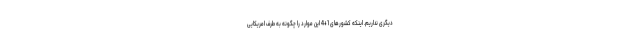
دیگری نداریم. اینکه کشورهای 1+4 این موارد را چگونه به طرف امریکایی